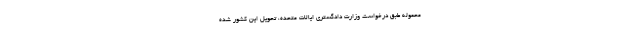
محموله طبق درخواست وزارت دادگستری ایالات متحده، تحویل این کشور شده